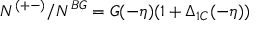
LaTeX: N ^ { ( + - ) } / N ^ { B G } = G ( - \eta ) ( 1 + \Delta _ { 1 C } ( - \eta ) )